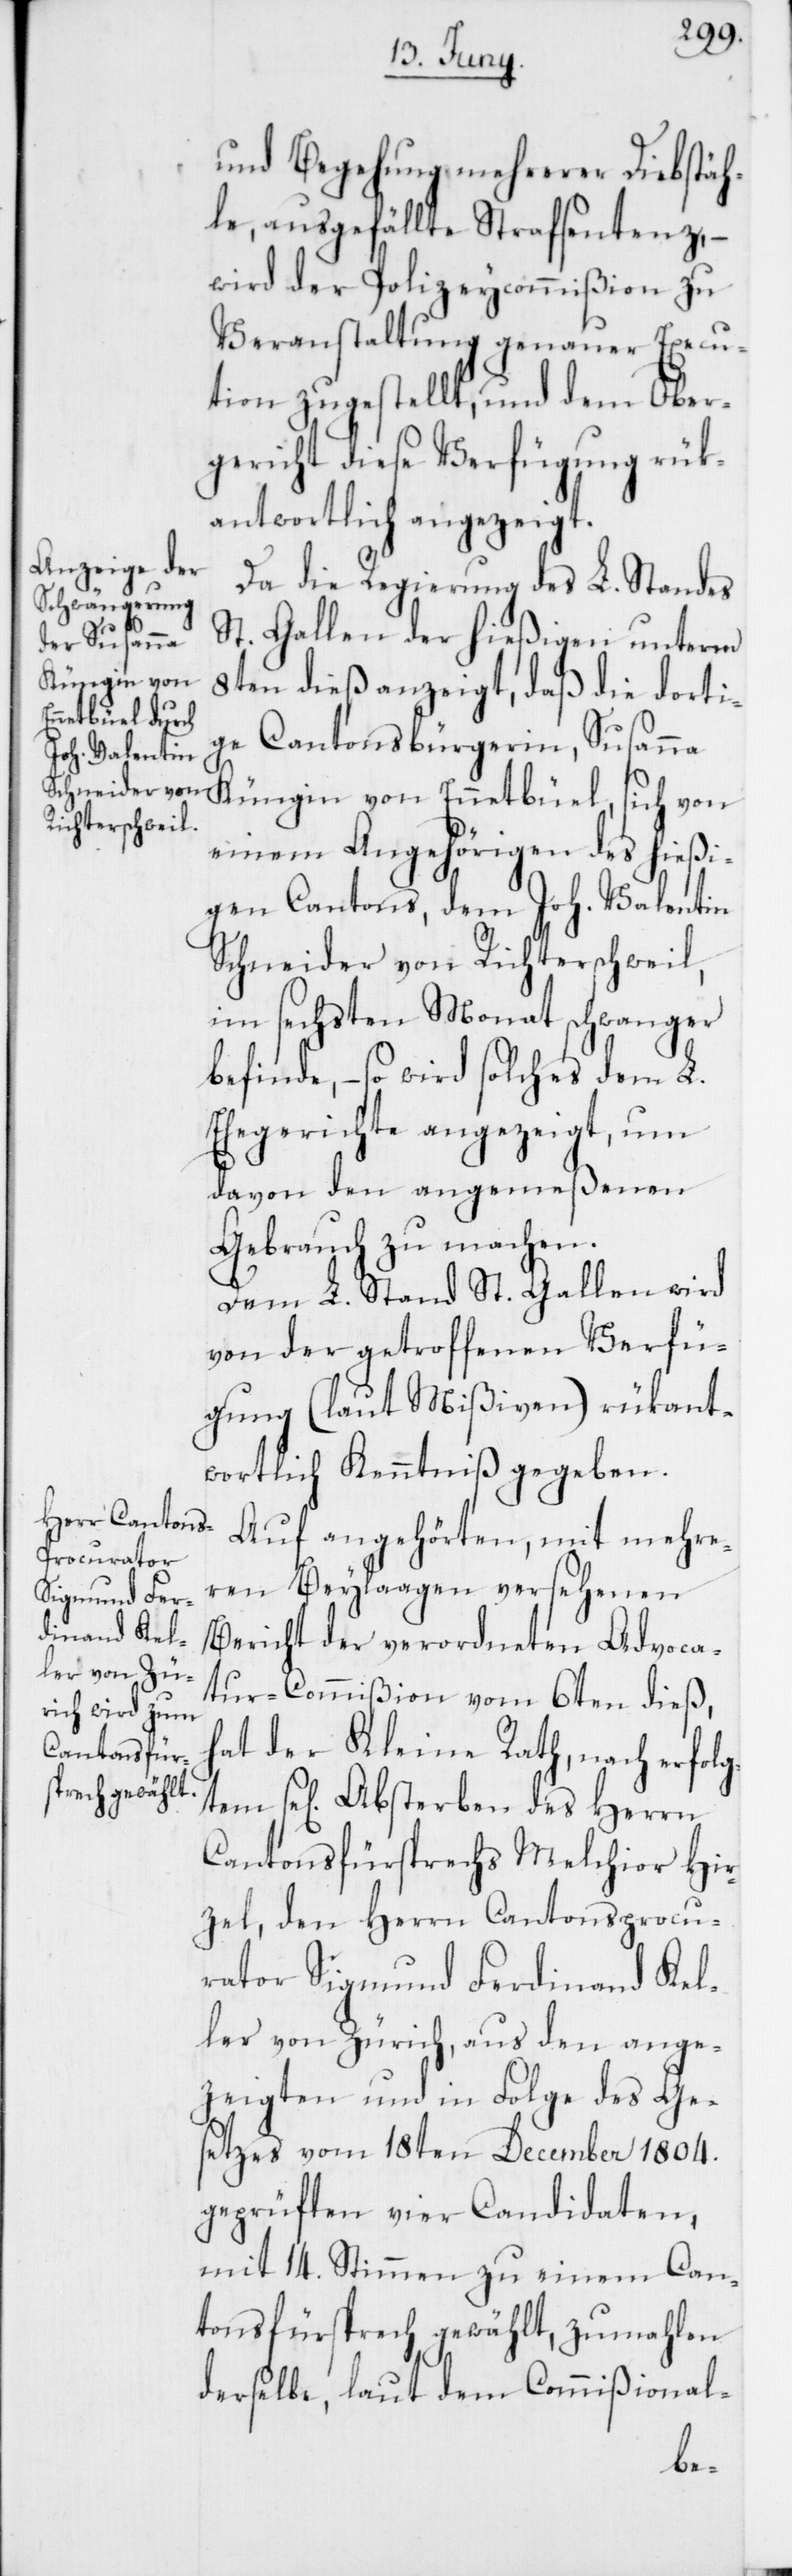
und Begehung mehrerer Diebstäh¬
le, ausgefällte Strafsentenz, –
wird der Polizeycommißion zu
Veranstaltung genauer Execu¬
tion zugestellt, und dem Ober¬
gericht diese Verfügung rük¬
antwortlich angezeigt.
Da die Regierung des L. Standes
St. Gallen der hießigen unterm
8ten dieß anzeigt, daß die dorti¬
ge Cantonsbürgerin, Susanna
Küngin von Ennetbüel, sich von
einem Angehörigen des hießi¬
gen Cantons, dem Joh. Valentin
Schneider von Richterschweil,
im sechsten Monat schwanger
befinde, – so wird solches dem L.
Ehegerichte angezeigt, um
davon den angemeßenen
Gebrauch zu machen.
Dem L. Stand St. Gallen wird
von der getroffenen Verfü¬
gung (laut Mißiven) rükant¬
wortlich Kenntniß gegeben.
Auf angehörten, mit mehre¬
ren Beylaagen versehenen
Bericht der verordneten Advoca¬
tur-Commißion vom 6ten dieß,
hat der Kleine Rath, nach erfolg¬
se[ligen] Absterben des Herrn
Cantonsfürsprechs Melchior Hir¬
zel, den Herrn Cantonsprocu¬
rator Sigmund Ferdinand Kel¬
ler von Zürich, aus den ange¬
zeigten und in Folge des Ge¬
setzes vom 18ten December 1804.
geprüften vier Candidaten,
mit 14. Stimmen zu einem Can¬
tonsfürsprech gewählt, zumahlen
derselbe, laut dem Commißional-
tem